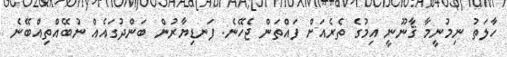
ހާލަތު ނިމުނީމާ ޤާނޫނީ އިމުގެ ތެރެއަށް ފައްތަން ޖެހޭނެ. ފަނޑިޔާރުން ބަންދުގައެއް ނުބޭއްތިއްބޭނެ